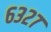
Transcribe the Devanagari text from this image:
६३२७